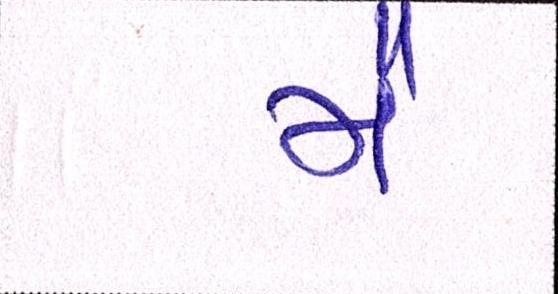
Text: મૈં